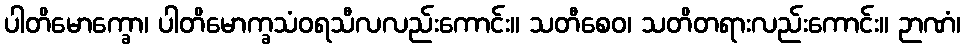
ပါတိမောက္ခော၊ ပါတိမောက္ခသံဝရသီလလည်းကောင်း။ သတီစေဝ၊ သတိတရားလည်းကောင်း။ ဉာဏံ၊